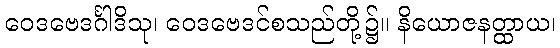
ဝေဒဗေဒင်္ဂါဒိသု၊ ဝေဒဗေဒင်စသည်တို့၌။ နိယောဇနတ္ထာယ၊